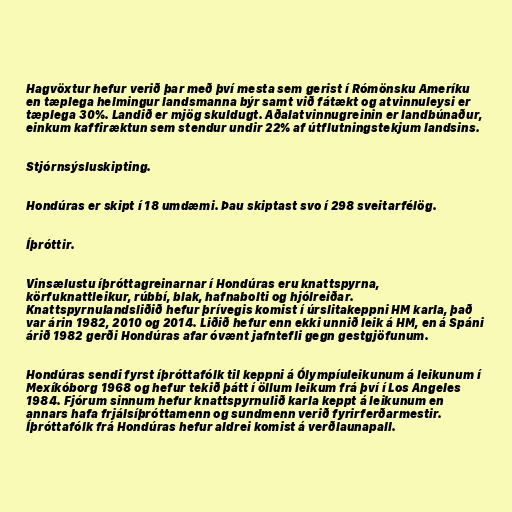
Hagvöxtur hefur verið þar með því mesta sem gerist í Rómönsku Ameríku
en tæplega helmingur landsmanna býr samt við fátækt og atvinnuleysi er
tæplega 30%. Landið er mjög skuldugt. Aðalatvinnugreinin er landbúnaður,
einkum kaffiræktun sem stendur undir 22% af útflutningstekjum landsins.

Stjórnsýsluskipting.

Hondúras er skipt í 18 umdæmi. Þau skiptast svo í 298 sveitarfélög.

Íþróttir.

Vinsælustu íþróttagreinarnar í Hondúras eru knattspyrna,
körfuknattleikur, rúbbí, blak, hafnabolti og hjólreiðar.
Knattspyrnulandsliðið hefur þrívegis komist í úrslitakeppni HM karla, það
var árin 1982, 2010 og 2014. Liðið hefur enn ekki unnið leik á HM, en á Spáni
árið 1982 gerði Hondúras afar óvænt jafntefli gegn gestgjöfunum.

Hondúras sendi fyrst íþróttafólk til keppni á Ólympíuleikunum á leikunum í
Mexíkóborg 1968 og hefur tekið þátt í öllum leikum frá því í Los Angeles
1984. Fjórum sinnum hefur knattspyrnulið karla keppt á leikunum en
annars hafa frjálsíþróttamenn og sundmenn verið fyrirferðarmestir.
Íþróttafólk frá Hondúras hefur aldrei komist á verðlaunapall.